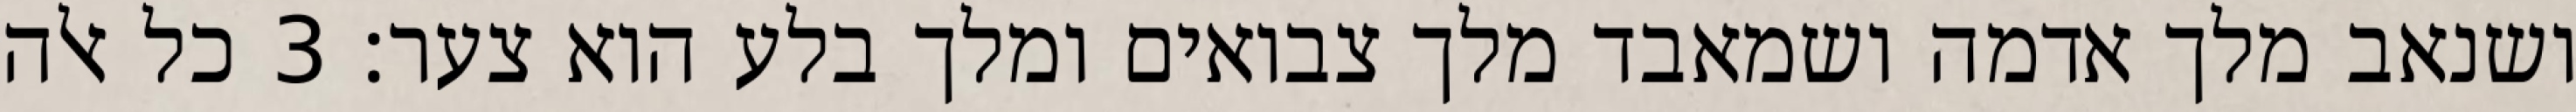
ושנאב מלך אדמה ושמאבד מלך צבואים ומלך בלע הוא צער׃ ‎3‏ כל אלה